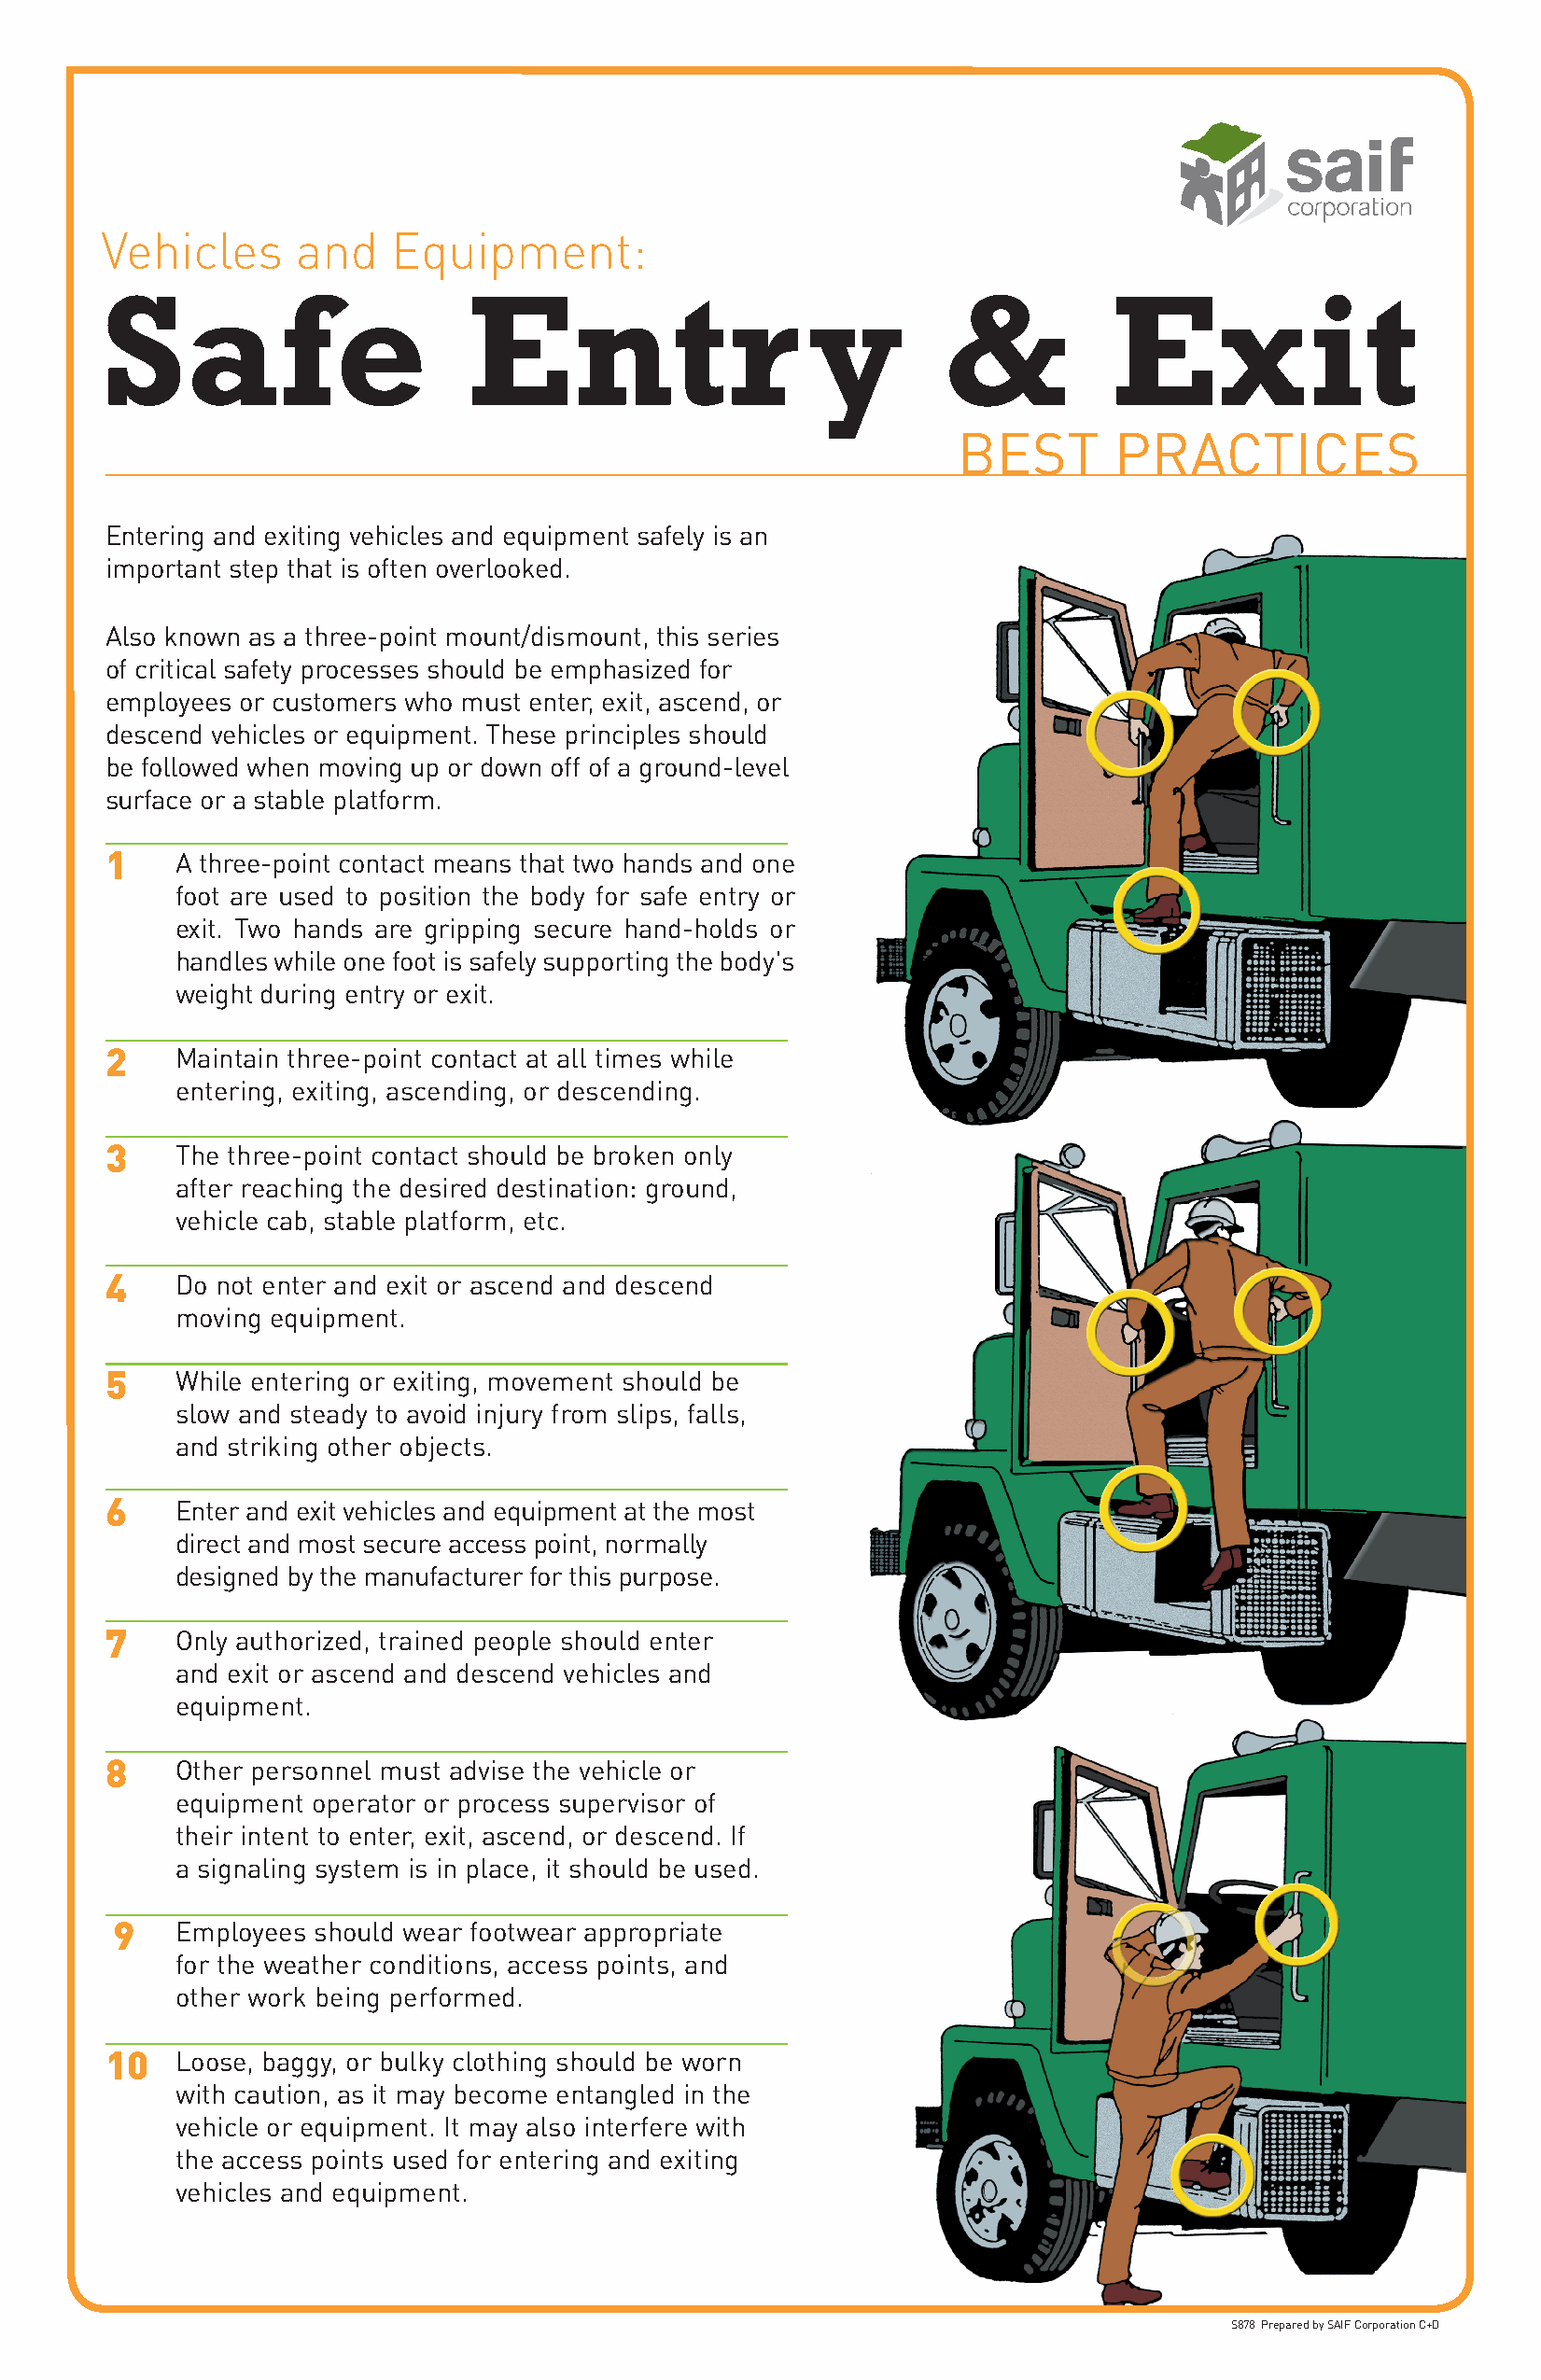
Vehicles      and    Equipment:
 Safe                      Entr                    y         &           Exit
 BEsT       PrAcTIcEs
 Entering and exiting vehicles and equipment safely is an
 important step that is often overlooked.
 Also known as a three-point mount/dismount, this series
 of critical safety processes should be emphasized for
 employees or customers who must enter, exit, ascend, or
 descend vehicles or equipment. These principles should
 be followed when moving up or down off of a ground-level
 surface or a stable platform.
 1    A three-point contact means that two hands and one
 foot are used to position the body for safe entry or
 exit. Two hands are gripping secure hand-holds or
 handles while one foot is safely supporting the body's
 weight during entry or exit.
 2    Maintain three-point contact at all times while
 entering, exiting, ascending, or descending.
 3    The three-point contact should be broken only
 after reaching the desired destination: ground,
 vehicle cab, stable platform, etc.
 4    Do not enter and exit or ascend and descend
 moving equipment.
 5    While entering or exiting, movement should be
 slow and steady to avoid injury from slips, falls,
 and striking other objects.
 6    Enter and exit vehicles and equipment at the most
 direct and most secure access point, normally
 designed by the manufacturer for this purpose.
 7    Only authorized, trained people should enter
 and exit or ascend and descend vehicles and
 equipment.
 8    Other personnel must advise the vehicle or
 equipment operator or process supervisor of
 their intent to enter, exit, ascend, or descend. If
 a signaling system is in place, it should be used.
 9   Employees should wear footwear appropriate
 for the weather conditions, access points, and
 other work being performed.
 10   Loose, baggy, or bulky clothing should be worn
 with caution, as it may become entangled in the
 vehicle or equipment. It may also interfere with
 the access points used for entering and exiting
 vehicles and equipment.
 s878 Prepared by sAIF corporation c+D